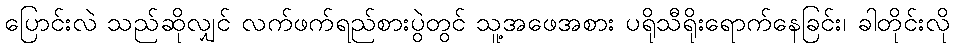
ပြောင်းလဲ သည်ဆိုလျှင် လက်ဖက်ရည်စားပွဲတွင် သူ့အဖေအစား ပရိုသီရိုးရောက်နေခြင်း၊ ခါတိုင်းလို